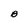
Character: B